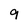
Character: 9